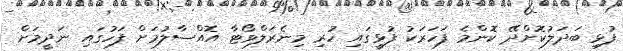
ފުޅި ބަދަލުކޮށްދޭ ކޮންމެ ފަހަރަކު ފުޅީގައި ހުރި މިނެރަލްވޯޓާ އޮއްސާލުމަށް ފަހުގައި ނަދީމަށް